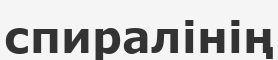
спиралінің